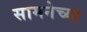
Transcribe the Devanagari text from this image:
सामनेच्या